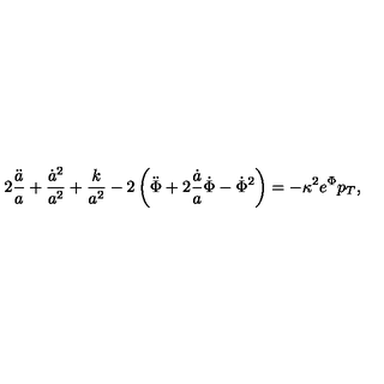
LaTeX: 2 \frac { \ddot { a } } { a } + \frac { \dot { a } ^ { 2 } } { a ^ { 2 } } + \frac { k } { a ^ { 2 } } - 2 \left( \ddot { \Phi } + 2 \frac { \dot { a } } { a } \dot { \Phi } - \dot { \Phi } ^ { 2 } \right) = - \kappa ^ { 2 } e ^ { \Phi } p _ { T } ,